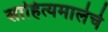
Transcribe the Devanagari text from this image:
साहित्यमालेचे